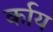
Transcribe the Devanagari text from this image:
र्काय